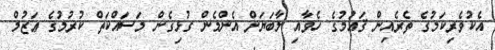
އެކުވެރިކަމުގެ ތެރެއިން ޤައުމުގެ ހެވާއި ލާބަޔަށް އެންމެން ގުޅިގެން މަސައްކަތް ކުރުމުގެ ޢަޒުމް